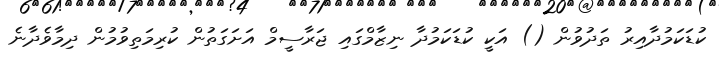
ކުޑަކަމުދާއިރު ތަދުވުން () އަކީ ކުޑަކަމުދާ ނިޒާމްގައި ޖަރާސީމް އަށަގަތުން ކުރިމަތިވުމުން ދިމާވެދާނެ